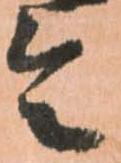
令